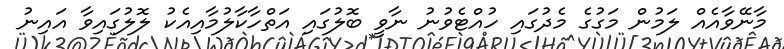
މާނޭވާއެއް ލަމުން މަގުގެ މެދުގައި ހުއްޓެވުނު ނާވީ ބޮލުގައި އަތްހާކާލުމާއިއެކު ލޮލުގައިވާ އައިނު